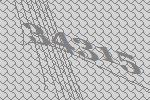
34315